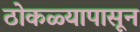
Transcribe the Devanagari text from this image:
ठोकळ्यापासून